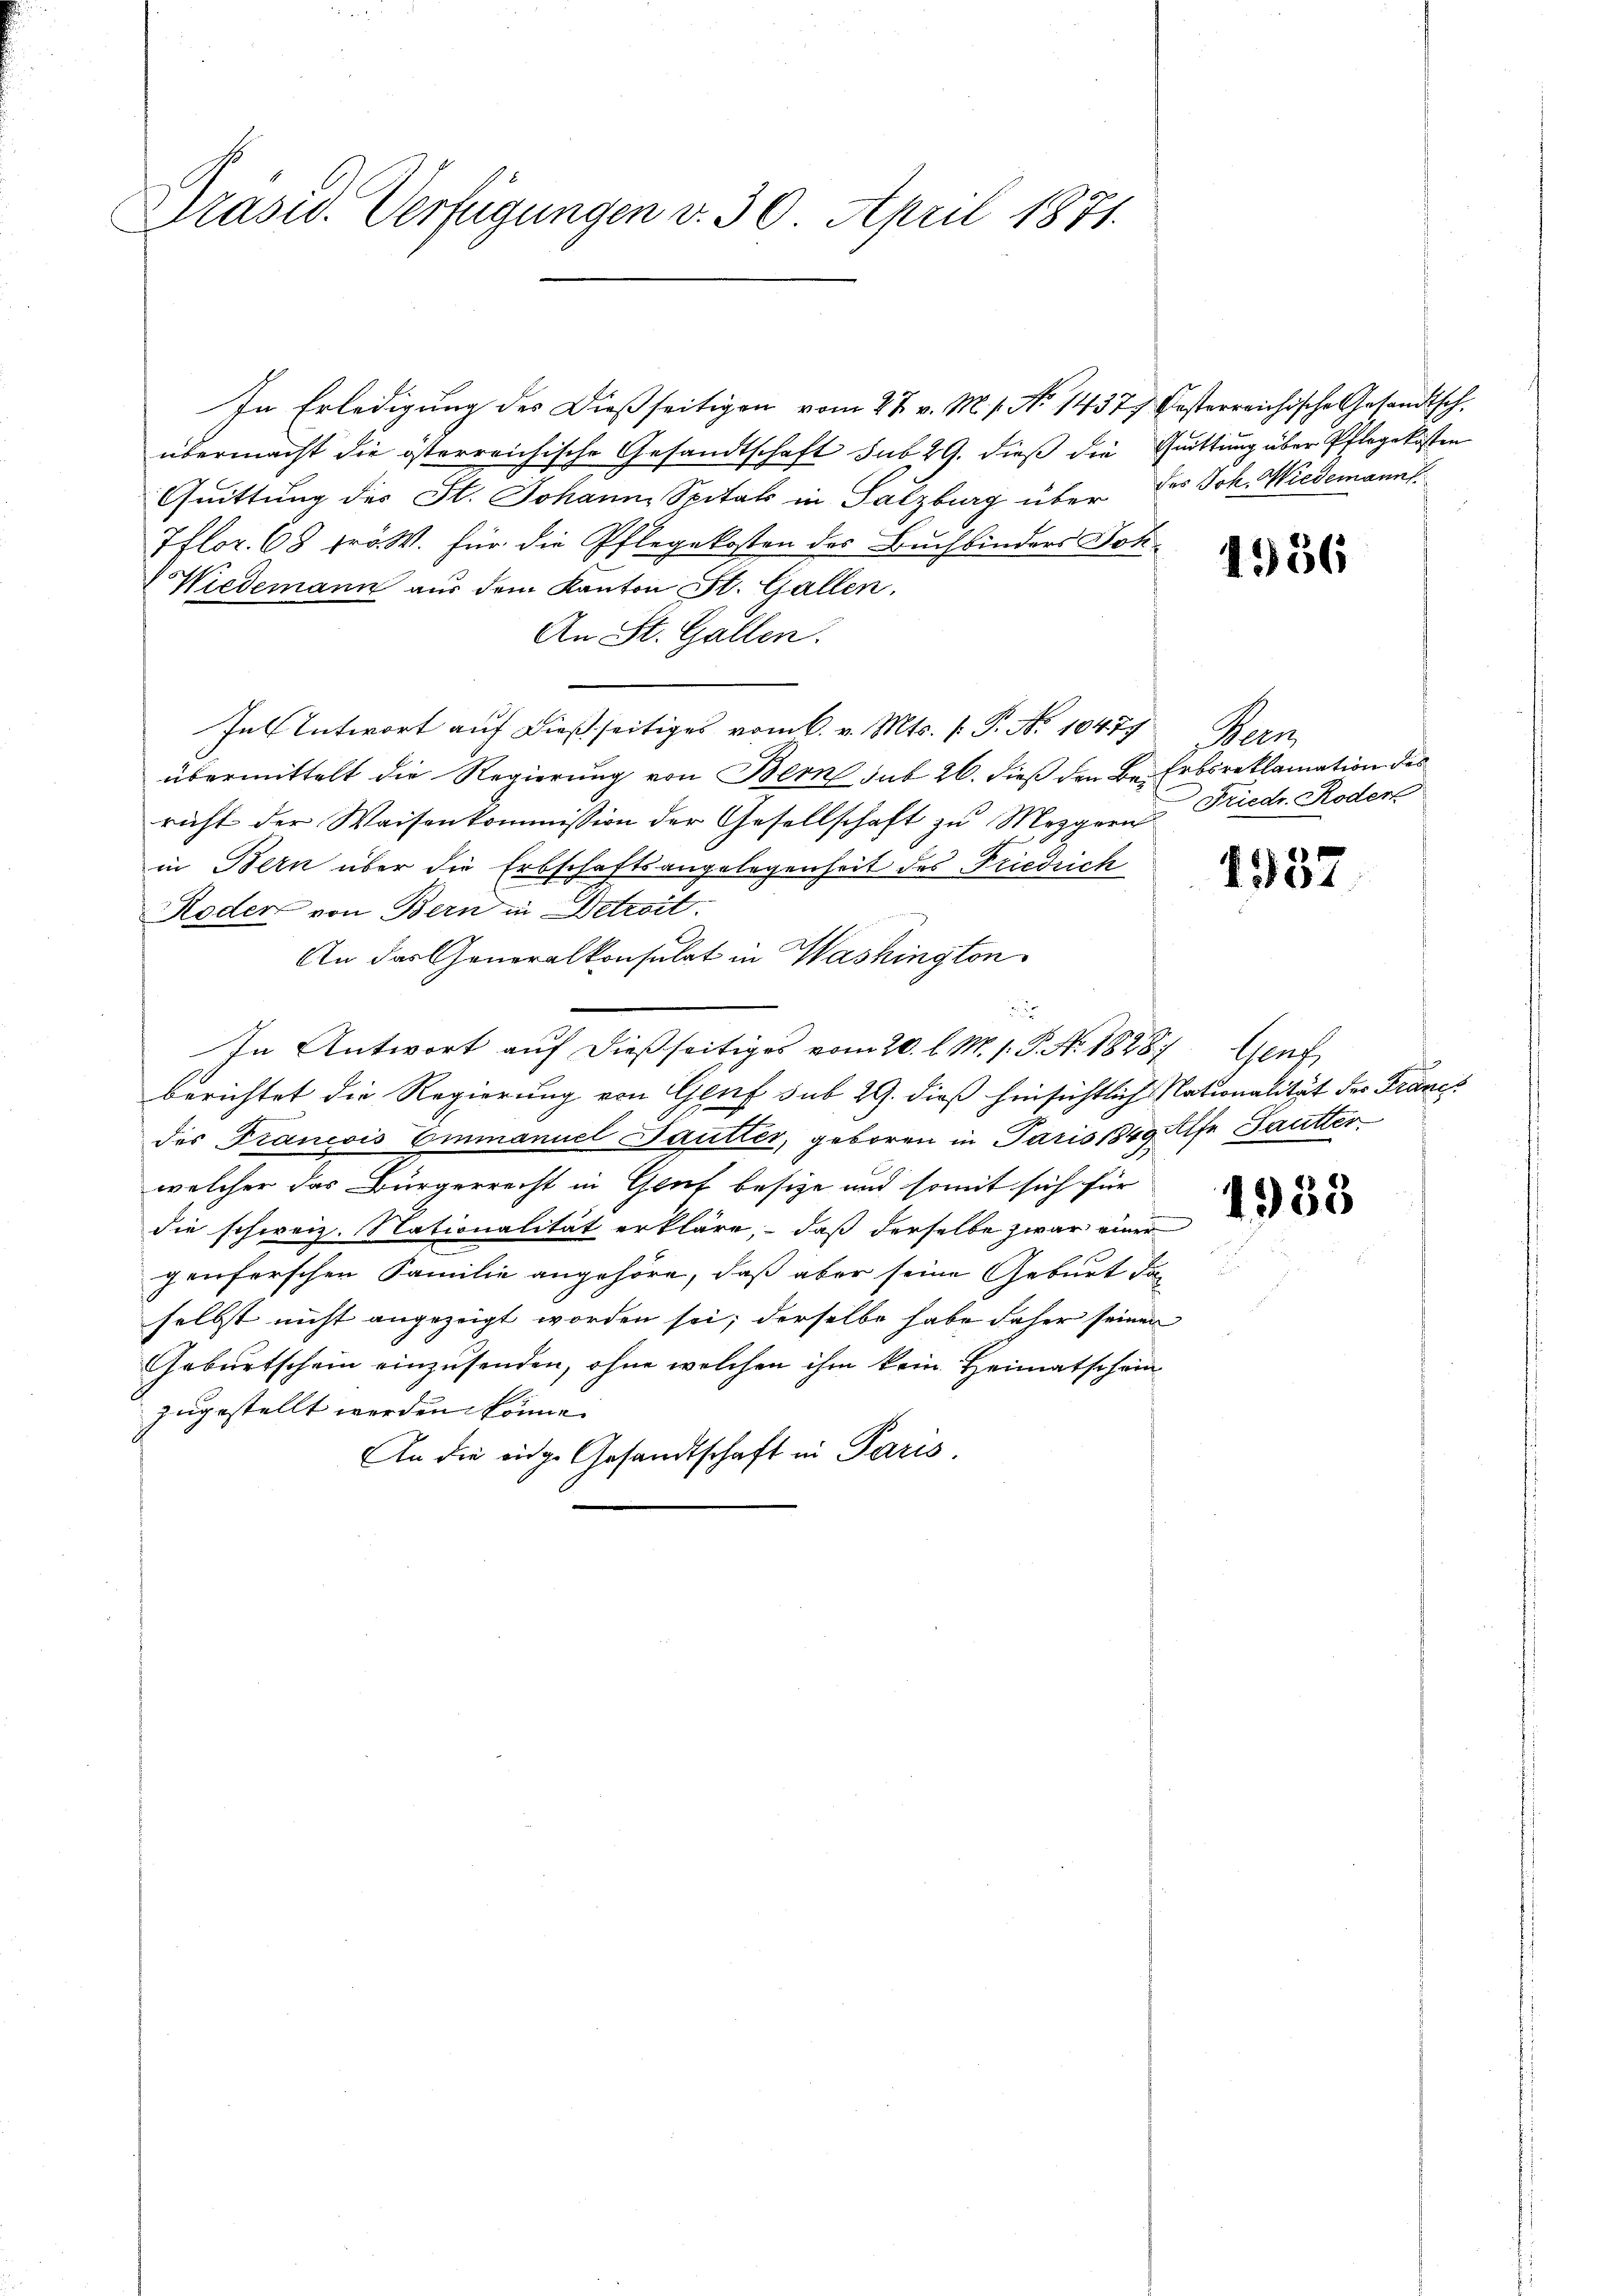
Präsid. Verfügungen v. 30. April 1871.

In Erledigung des Dießseitigen vom 27. v. M. 1. No 1437 besterreichische Gesandtsch.
übermacht die österreichische Gesandtschaft sub 29. dieß die Quittung über Pflegekosten
Quittung des St. Johann Spitals in Salzburg über des Joh. Wiedemanns.
7flor. 68 fr W. für die Pflegekosten des Buchbinders Joh.
Wiedemann aus dem Kanton St. Gallen,
An St. Gallen.
In Antwort auf dießseitiges vom 6. v. Mts. 1. P. Nr. 10477. Bern
übermittelt die Regierung von Bern sub 26. dieß den Be- Erbsreklamation des
richt der Waisenkommission der Gesellschaft zu Mezgern Friedr. Roder
in Bern über die Erbschaftsangelegenheit des Friedrich
Roder von Bern in Detroit.
An das Generalkonsulat in Washington
e
In Antwort auf dießseitiges vom 20. l. M. 1. P. Nr. 18287. Genf
berichtet die Regierung von Genf sub 29. dieß hinsichtlich Nationalität der Franch
des Francois Emmanuel Jautter, geboren in Paris 1849 Alfe Pautter
welcher das Bürgerrecht in Gruf besitze und somit sich für
die schweiz. Nationalität erkläre, daß derselbe zwar einer
genferschen Familie angehöre, daß aber seine Geburt der
selbst nicht angezeigt worden sei, derselbe habe daher seinen
Geburtschein einzusenden, ohne welchen ihm kein Heimatschein
zugestellt werden könne.
An die eige Gesandtschaft in Paris.

4556

1937

1958